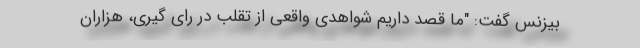
بیزنس گفت: "ما قصد داریم شواهدی واقعی از تقلب در رای گیری، هزاران